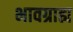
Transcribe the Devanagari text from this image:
भावग्राह्य